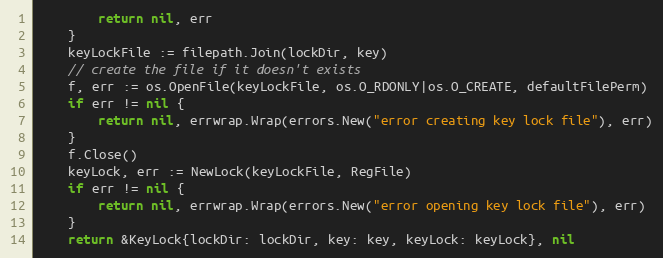
Language: Go
		return nil, err
	}
	keyLockFile := filepath.Join(lockDir, key)
	// create the file if it doesn't exists
	f, err := os.OpenFile(keyLockFile, os.O_RDONLY|os.O_CREATE, defaultFilePerm)
	if err != nil {
		return nil, errwrap.Wrap(errors.New("error creating key lock file"), err)
	}
	f.Close()
	keyLock, err := NewLock(keyLockFile, RegFile)
	if err != nil {
		return nil, errwrap.Wrap(errors.New("error opening key lock file"), err)
	}
	return &KeyLock{lockDir: lockDir, key: key, keyLock: keyLock}, nil